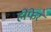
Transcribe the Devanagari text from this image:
होफेर